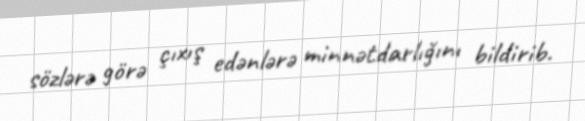
sözlərə görə çıxış edənlərə minnətdarlığını bildirib.